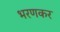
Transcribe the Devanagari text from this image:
भरणकर